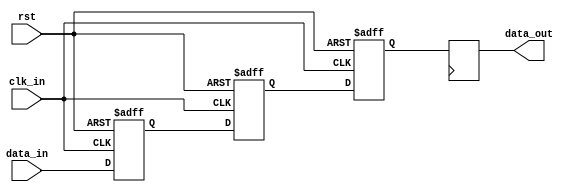
module cascade_synchronizer (
    input wire clk_in,
    input wire rst,
    input wire data_in,
    output reg data_out
);

reg [3:0] stage1, stage2, stage3;

always @(posedge clk_in or posedge rst) begin
    if (rst) begin
        stage1 <= 4'b0;
        stage2 <= 4'b0;
        stage3 <= 4'b0;
    end else begin
        stage1 <= data_in;
        stage2 <= stage1;
        stage3 <= stage2;
    end
end

always @(posedge clk_out) begin
    data_out <= stage3;
end

endmodule